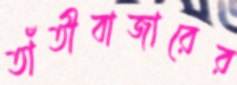
তাঁতীবাজারের